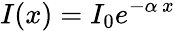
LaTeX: I(x)=I_{0}e^{-\alpha\, x}